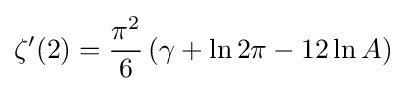
\zeta '(2)={\frac {\pi ^{2}}{6}}\left(\gamma +\ln 2\pi -12\ln A\right)